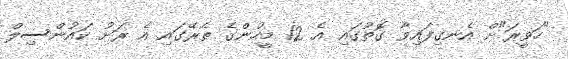
"ހަވީރަ"ށް އެނގިފައިވާ ގޮތުގައި އެ 12 މީހުންގެ ތެރޭގައި އެ ރަށު ކައުންސިލް